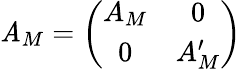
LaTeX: \mathit{A}_{M}=\left(\begin{array}{cc}{{A_{M}}}&{{0}}\\ {{0}}&{{A_{M}^{\prime}}}\end{array}\right)